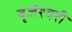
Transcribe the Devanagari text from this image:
बृजेश्वरी